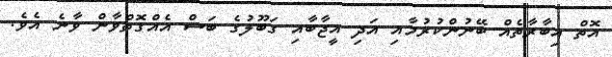
އޮތް އިބާރާތެއް ބޭނުންކުރުމާއި އަދި އީޖާބާއި ގަބޫލުގެ ބަސް އެއްގޮތްވާން ވާނެ އެވެ.